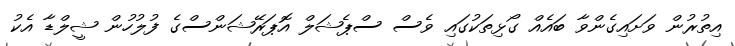
އިތުރުން ވަށައިގެންވާ ބައެއް ގޯޅިތަކުގައި ވެސް ސްޕެޝަލް އޮޕަރޭޝަންސްގެ ފުލުހުން ޝީލްޑާ އެކު